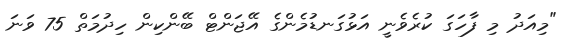
"މިއަދު މި ފާހަގަ ކުރެވެނީ އަޅުގަނޑުމެންގެ އޭޖަންޓް ބޭންކިން ހިދުމަތް 75 ވަނަ